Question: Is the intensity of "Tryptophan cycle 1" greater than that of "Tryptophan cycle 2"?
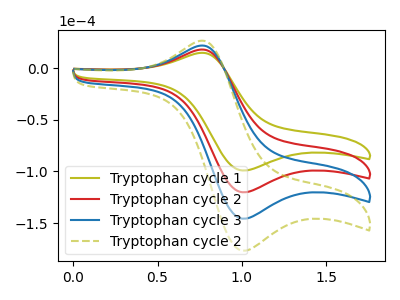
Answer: <think>The olive curve "Tryptophan cycle 1" has an anodic peak at (0.75V, 14.80uA) and a cathodic peak at (1.00V, -99.05uA). The red curve "Tryptophan cycle 2" has an anodic peak at (0.75V, 17.95uA) and a cathodic peak at (1.00V, -120.15uA). The blue curve "Tryptophan cycle 3" has an anodic peak at (0.75V, 35.85uA) and a cathodic peak at (1.00V, -240.35uA). The olive dashed curve "Tryptophan cycle 2" has an anodic peak at (0.75V, 53.80uA) and a cathodic peak at (1.00V, -360.50uA).
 All the peaks in "Tryptophan cycle 1" have a peak in "Tryptophan cycle 2" at the same potential. Every peak in "Tryptophan cycle 1" is lower than every peak in "Tryptophan cycle 2".</think>
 <answer>"Tryptophan cycle 1" has less signal than "Tryptophan cycle 2".</answer>
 <eval>less_signal</eval>